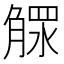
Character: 𣎕